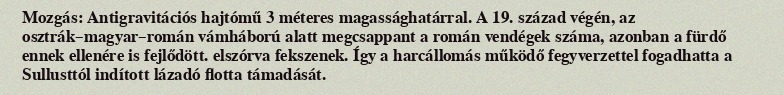
Mozgás: Antigravitációs hajtómű 3 méteres magassághatárral. A 19. század végén, az osztrák–magyar–román vámháború alatt megcsappant a román vendégek száma, azonban a fürdő ennek ellenére is fejlődött. elszórva fekszenek. Így a harcállomás működő fegyverzettel fogadhatta a Sullusttól indított lázadó flotta támadását.